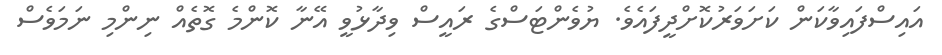
އައިސްފައިވާކަން ކަށަވަރުކޮށްދީފައެވެ. ޔުވެންޓަސްގެ ރައީސް ވިދާޅުވީ އޭނާ ކޮންމެ ގޮތެއް ނިންމި ނަމަވެސް